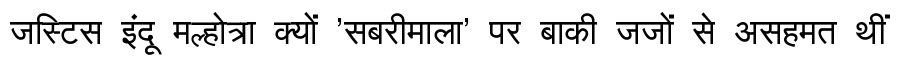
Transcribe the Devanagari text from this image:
जस्टिस इंदू मल्होत्रा क्यों 'सबरीमाला' पर बाकी जजों से असहमत थीं